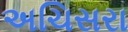
અચિસરા